Vaccination in Burma 1900-1911 - 1900-1911
Year: 1900
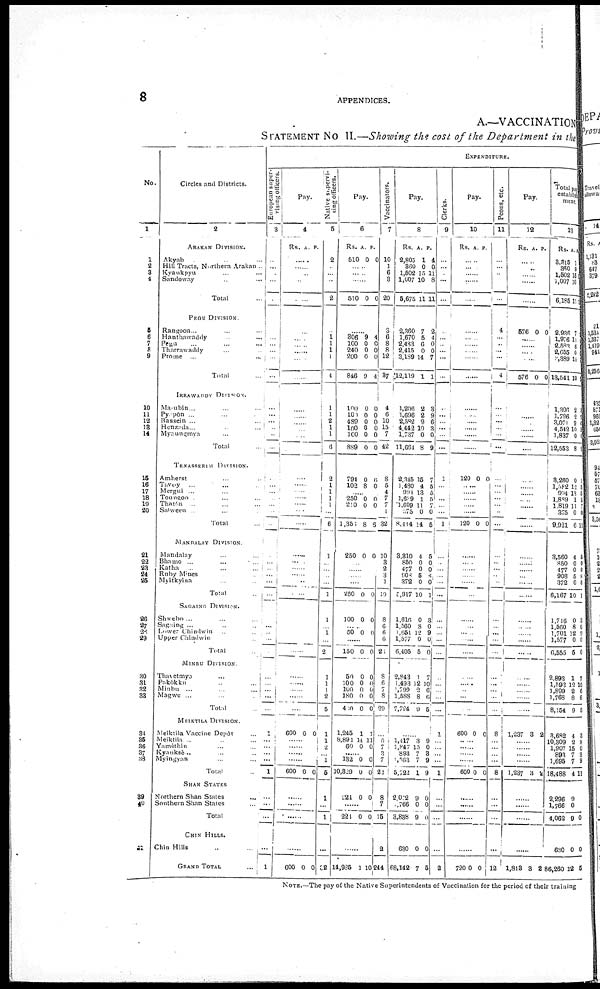
8
APPENDICES.
A.—VACCINATION
STATEMENT No II.—Showing the cost of the Department in the
No.
1
1
2
3
4
5
6
7
8
9
10
11
12
18
14
15
16
17
18
19
20
21
22
23
24
25
26
27
28
29
30
31
32
33
34
35
36
37
38
39
40
41
Circles and Districts.
2
ARAKAN DIVISION.
Akyab... ... ...
Hill Tracts, Northern Arakan ..
Kyaukpyu... ...
Sandoway... ...
Total...
PEGU DIVISION.
Rangoon...
Hanthawaddy... ...
Pegu... ...
Tharrawaddy... ...
Prome ... ...
Total...
IRRAWADDY DIVISION.
Ma-ubin... ...
Pypôn ... ...
Bassein .. ...
Henzada... ...
Myaungmya... ...
Total...
TENASSERIM DIVISION.
Amherst... ...
Tavoy ... ...
Mergui... ...
Toungoo ... ...
Thatôn ... ...
Salween... ...
Total...
MANDALAY DIVISION.
Mandalay... ...
Bhaino... ...
Katha ... ...
Ruby Mines... ...
Myitkyina... ...
Total...
SAGAING DIVISION.
Shwebo ... ... ... ...
Sagaing ... ... ... ...
Lower Chindwin... ...
Upper Chindwin... ...
Total...
MINBU DIVISION.
Thavetmyo... ...
Pakôkku... ...
Minbu... ...
Magwe... ...
Total...
MEIKTILA DIVISION.
Meiktila Vaccine Depôt...
Meiktila... ...
Yamèthin... ...
Kyauksè... ...
Myingyan... ...
Total...
SHAN STATES
Northern Shan States...
Southern Shan States...
Total...
CHIN HILLS.
Chin Hills... ...
GRAND TOTAL...
EXPENDITURE.
European super-
vising officers.
3
...
...
...
...
...
...
...
...
...
...
...
...
...
...
...
...
...
......
......
...
...
...
...
...
...
...
...
...
...
...
...
... ...
...
...
...
...
...
...
...
1
...
...
...
...
1
...
...
...
...
1
Pay.
4
Rs. A. P.
...
......
...
...
......
......
......
......
......
......
......
......
......
......
....
......
......
......
......
......
......
......
......
......
......
......
......
......
......
......
......
......
......
......
......
......
......
600 0 0 0
......
......
......
......
60 0 0
......
......
......
......
600 0 0
Native supervi-
sing officers.
5
2
...
......
......
2
......
1 1
1
1
4
1
1
2
1
1
6
2
1
1
1
1
......
6
1
......
......
......
......
1
1
......
1
......
2
1
1
1
2
5
1
1
2
......
1
5
1
......
1
......
32
Pay.
6
Rs.
510
A.
0
P.
0
......
......
......
510 0 0
......
306
100
240
200
846
9
0
0
0
9
4
0
0
0
4
100
100
489
100
100
889
0
0
0
0
0
0
0
0
0 0
0
0
794
102
0
8
6
0
......
250
210
0
0
0
0
......
1,350 8 6
250 0 0
......
......
......
......
250 0 0
100 0 0
......
50 0 0
......
150 0 0
50
100
100
180
410
0
0
0
0
0
0
0 0
0
0
1,245
8,891
60
1
14
0
1
11
0
......
132
10,329
0
0
0
0
224 0 0
......
224 0 0
......
14,985 1 10
Vaccinators.
7
10
1
6
3
20
3
6
8
8
12
87
4
6
10
15
7
42
8
5
4
7
7
1
32
10
3
2
3
1
19
8
6
6
6
2
8
8
7
8
29
...
5
7
3
7
22
8
7
15
2
244
Pay.
8
Rs.
2,805
360
1,502
1,607
5,675
A.
1
0
15
10
11
P.
4
0
11
8
11
2,360
1,670
2,433
2,415
3,189
12,119
7
5
6
0
14
1
2
4
0
0
7
1
1,206
1,696
2,582
4,442
1,737
11,661
2
2
9
10
0
8
3
9
6
3
0
9
2,845
1,480
994
l,649
1,609
375
8,414
15
4
13
1
11
0
14
7
5
5
5
7
0
5
3,310
850
477
908
372
9,917
4
0
0
5
0
10
5
0
0
8
0
1
1,616
1,560
1,651
1,577
6,405
0
8
12
0
5
3
0
9
0
0
2,843
1,493
1,799
1,588
7,724
1
12
2
8
9
7
10
6
6
5
...
1,417
1,847
893
1,563
5,722
3
15
7
7
1
9
0
3 9
9
2,072
766
3,838
9
0
9
0
0
0
630
68,142
0
7
0
5
Clerks.
9
...
...
...
...
......
......
......
......
......
......
......
......
......
......
......
......
......
1
......
......
......
......
......
1
......
......
......
......
......
......
......
......
......
......
......
......
......
......
......
......
1
......
......
......
......
1
......
......
......
......
2
Pay.
10
Rs. A. P.
...
...
......
......
1
......
......
......
......
......
......
......
......
......
......
......
120 0 0
......
......
......
......
......
120 0 0
......
......
......
......
......
......
......
......
......
......
......
......
......
......
......
......
600 0 0
...
......
......
......
600 0 0
......
......
......
......
720 0 0
Peons,etc.
11
...
...... ......
......
......
4
......
......
......
......
4
......
......
......
......
......
......
......
......
......
......
...... ......
......
......
......
......
......
......
......
......
......
......
......
......
......
......
......
......
......
8
......
......
......
......
8
......
......
......
......
12
Pay.
12
Rs. A. P.
...
......
......
......
576 0 0
......
......
......
......
576 0 0
......
......
......
......
......
......
......
......
......
......
......
......
......
......
......
......
......
......
......
......
......
......
......
......
......
......
......
......
......
1,237 3 2
......
......
......
......
1,237 3 2
......
......
......
......
1,813 8 2
Total pay
establish
ment.
13
Rs.
3,315
360
1,502
1,007
6,185
A.
1
0
15
15
11
P.
1
2,936
1,976
2,583
2,655
3,389
13,541
7
11
6 0
14
10
l,306
1,796
3,071
4,512
1,837
12,553
2
2
9
10
0
8
3
9
0
3
0
9
3,260
1,582
994
1,889
1,819
375
9,921
0
12
13
1
11
0
6
1
5
5
5
7
0
11
3,560
850
477
908
372
6,167
4
0
0
5
0
10
6
0
0
8
0
1
1,716
1,560
1,701
1,577
6,555
0
8
12
0
5
3
0
9
0
0
2,893
1,593
1,899
1,768
8,154
1
12
2
8
9
7
10
6
6
5
3,682
10,309
1,907
893
1,695
18,488
4
2
15
7
7
4
3
8
0
3
9
11
2,296
1,766
4,062
9
0
9 0
630
86,260
0
12
0
5
NOTE.—The pay of the Native Superintendents of Vaccination for the period of their training